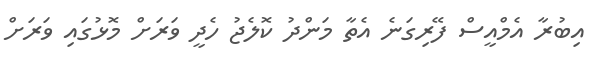
އިބުރާ އެމްއީސް ފޭރިގަނެ އެތާ މަންދު ކޮލެޖު ހެދީ ވަރަށް މޮޅުގައި ވަރަށް